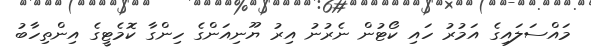
މައްސަލައިގެ އަމުރު ހައި ކޯޓުން ނެރުނު އިރު ޔޫނިއަންގެ ހިންގާ ކޮމެޓީގެ އިންތިހާބު